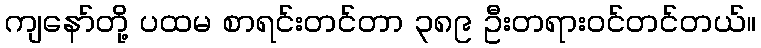
ကျနော်တို့ ပထမ စာရင်းတင်တာ ၃၈၉ ဦးတရားဝင်တင်တယ်။